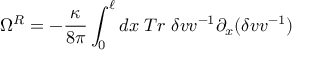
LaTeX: \Omega ^ { R } = - { \frac { \kappa } { 8 \pi } } \int _ { 0 } ^ { \ell } d x \; T r \; \delta v v ^ { - 1 } \partial _ { x } ( \delta v v ^ { - 1 } )